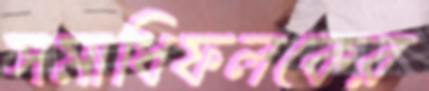
সমাধিফলকের